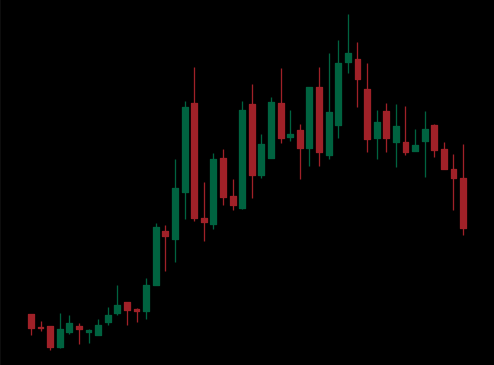
Pattern: bear_flag